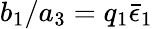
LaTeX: b_{1}/a_{3}=q_{1}\bar{\epsilon}_{1}